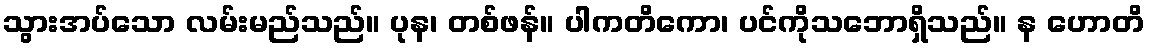
သွားအပ်သော လမ်းမည်သည်။ ပုန၊ တစ်ဖန်။ ပါကတိကော၊ ပင်ကိုသဘောရှိသည်။ န ဟောတိ